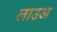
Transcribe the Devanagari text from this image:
लाउअ